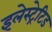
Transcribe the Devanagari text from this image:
इलेस्‍ट्रेटिड